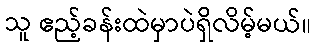
သူ ဧည့်ခန်းထဲမှာပဲရှိလိမ့်မယ်။